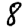
Digit: 8